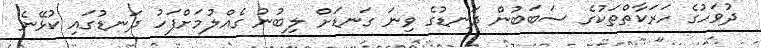
ދުވަހުގެ ހަރަކާތްތަކުގެ ސަބަބުން ދަނޑުގެ ވިނަ ގަނޑަށް ލިބުނު ގެއްލުމަށްފަހު ދަނޑުގައި ކުޅޭނެ